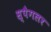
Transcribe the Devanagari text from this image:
स्पैगलर